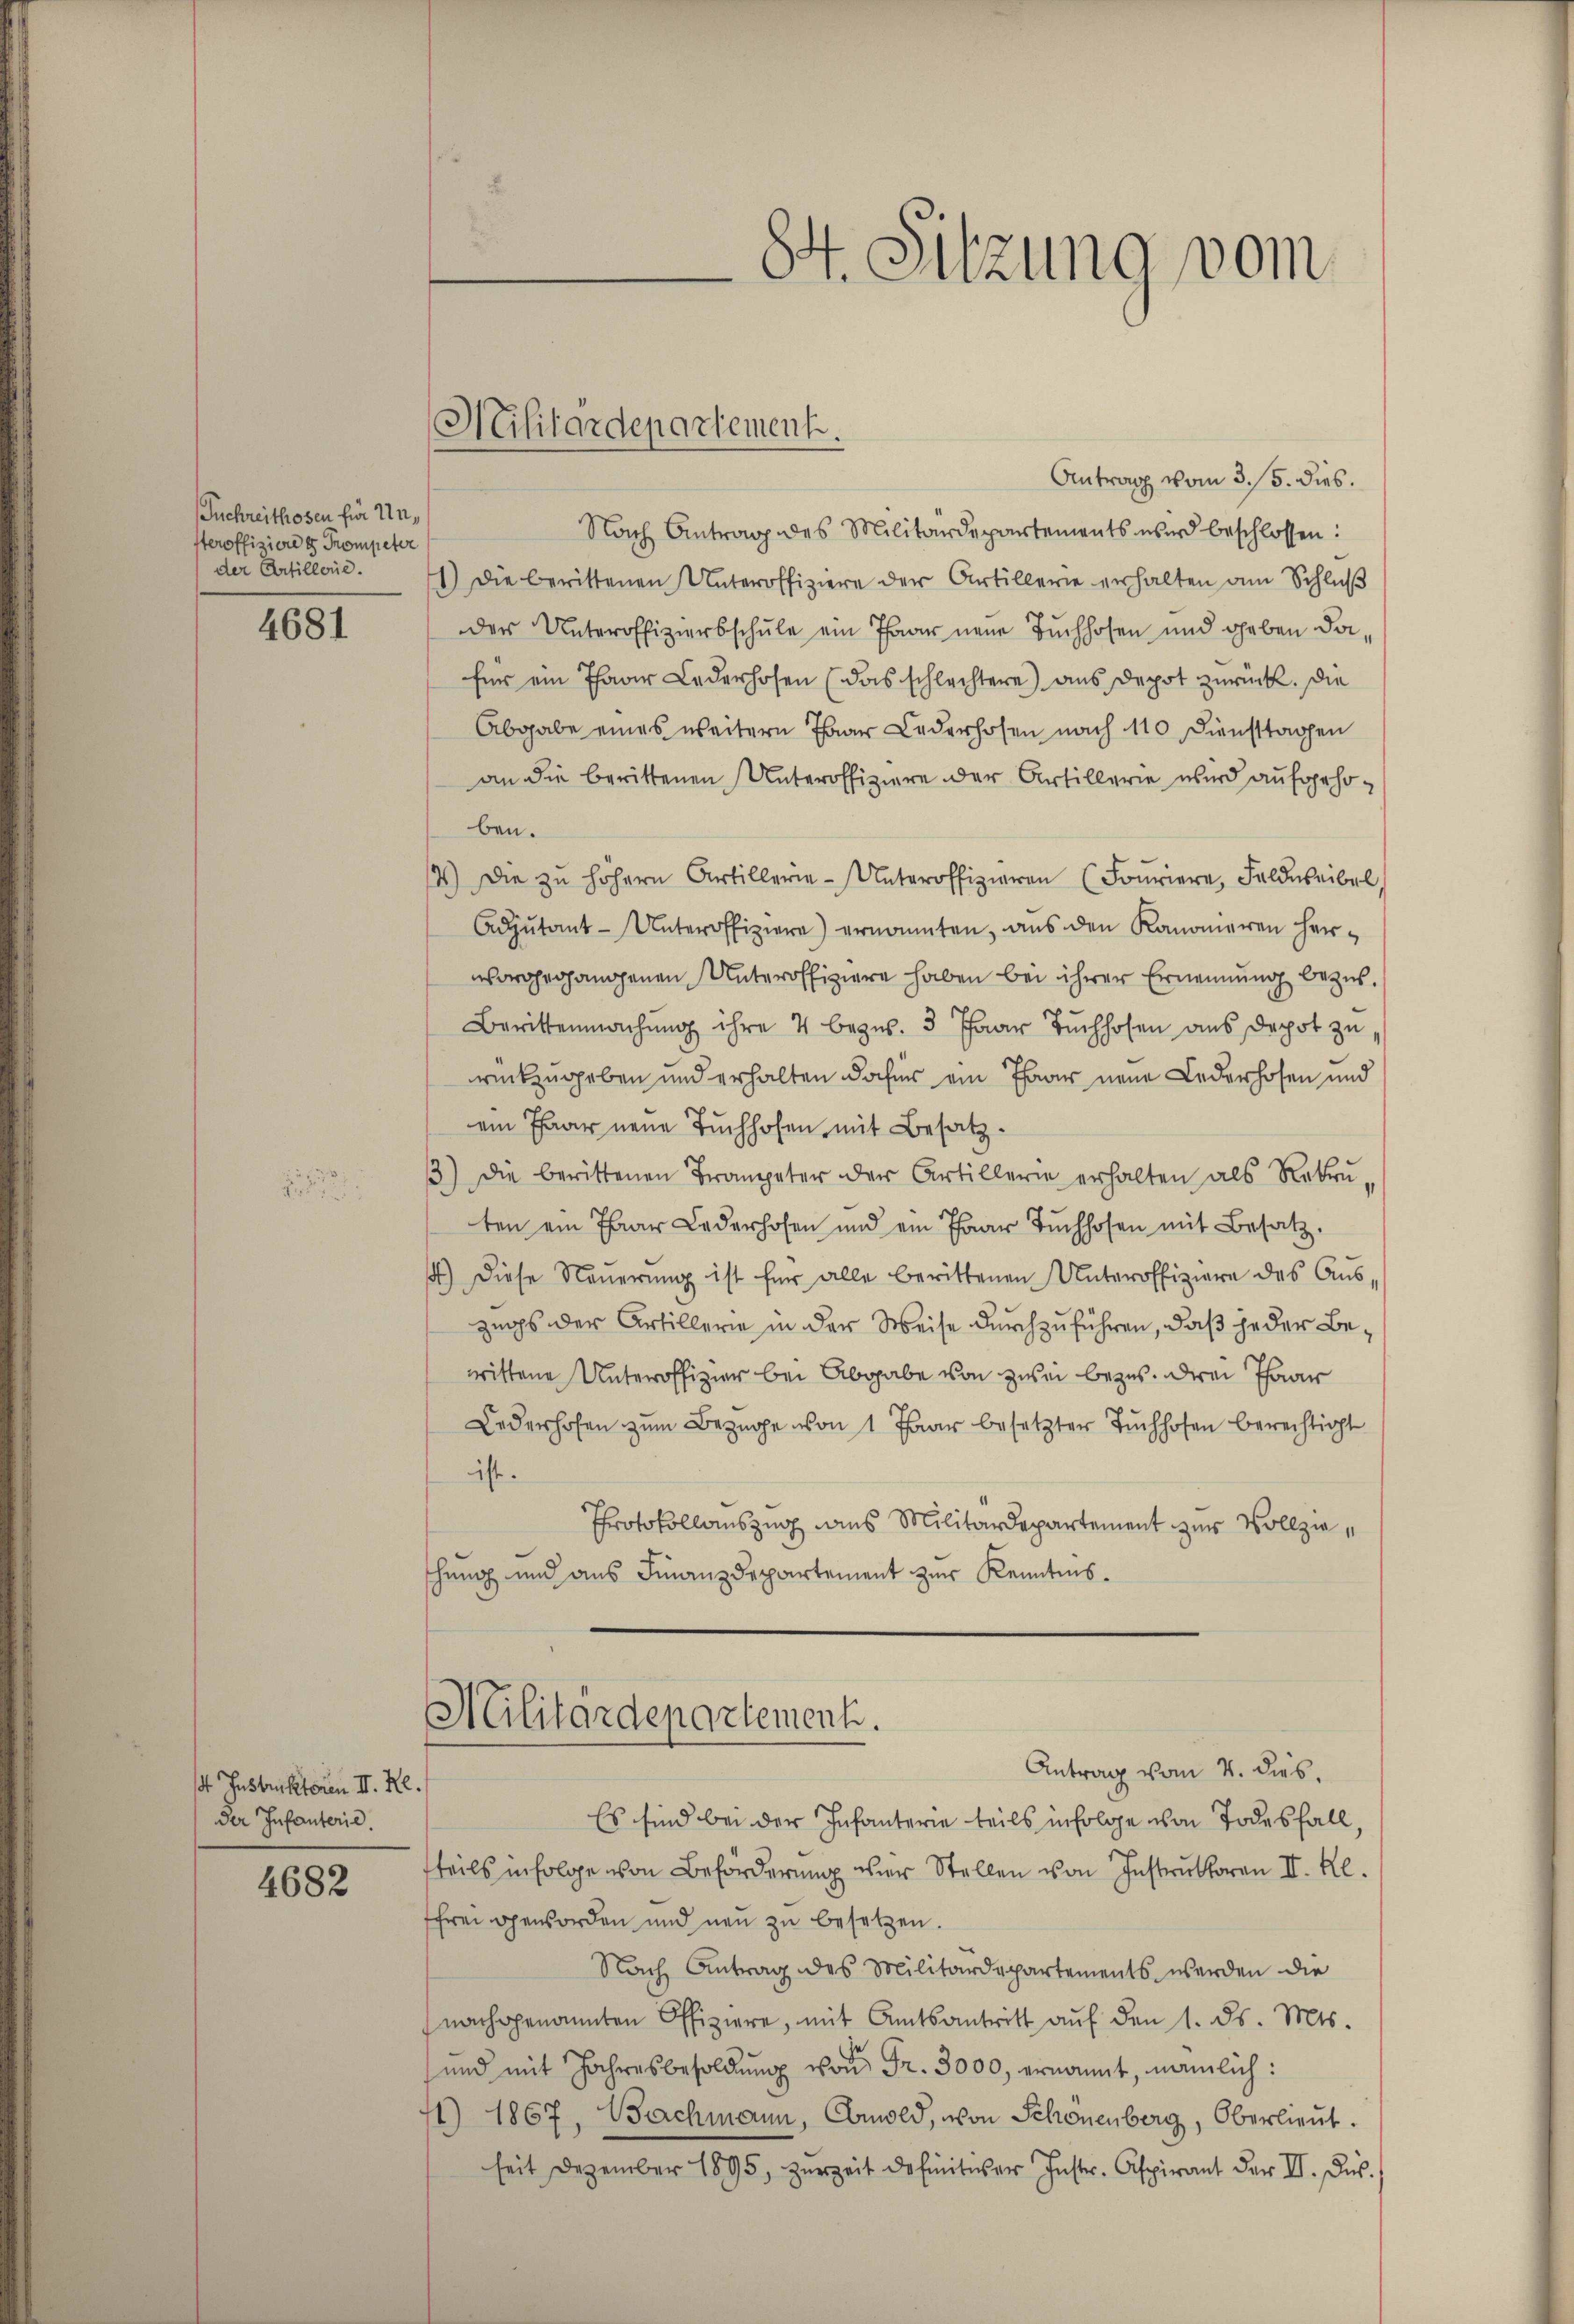
Tuchreithosen für Un
steroffiziere 4 Trompeter
der Artillerie.

4681

d

2

Instruktoren II. Re
Der Infanterie.

4682

s

Antrag vom 3. 15. dies.
Nach Antrag des Militärdepartements wird beschlossen:
1.) Die berittenen Unteroffiziere der Artillerie erhalten am Schlŭβ
der Unteroffiziersschule ein Paar neue Buchhofen und geben da
für ein Thaar Lederhofen (das schlechtere aus Depot zurück. Die
Abgabe eines weitern Paar Lederhofen nach 110 Diensttagen
an die berittenen Unteroffiziere der Artillerie wird aufgehoben.
14) Die zŭ höhern Artillerie-Unteroffizieren (Fouriere, Feldweibel
Adjutant-Unteroffiziere) ernannten, aus den Kanonieren herworgegangenen Unteroffiziere haben bei ihrer Ernennung bezus.
Berittenmachŭng ihre 4 bezw. 3 Paar Tŭchhofen ans Depot zu
rückzugeben und erhalten dafür ein Paar neue Lederhofen und
ein Paar neue Tuchhofen mit Besatz¬
3) Die berittenen Trompeter der Artillerie erhalten als Rekru
ten ein Paar Lederhofen und ein Paar Bŭchhofen mit Besatz.
4.) Diese Neŭerŭng ist für alle berittenen Unteroffiziere des Auszugs der Artillerie in der Weise durchzuführen, daß jeder Bewittene Unteroffizier bei Abgabe von zwei bezus. drei Paar
Lederhofen zŭm Bezüge von 1 Paar besetzter Bŭchhofen berechtigt
ist.
Protokollauszug aus Militärdepartement zur Vollziethung und aus Finanzdepartement zur Kenntnis¬

Militärdepartement.

Militärdepartement.
Antrag vom 4. dies.

84. Sitzung vom

Es sind bei der Infanterie teils infolge von Todesfall,
teils infolge von Beförderung der Stellen von Instruktoren II. Kl.
frei geworden und neŭ zŭ besetzen.
Nach Antrag des Militärdepartements werden die
nachgenannten Offiziere, mit Amtsantritt auf den 1. ds. Mts.
und mit Jahresbesoldŭng von Fr. 3000, ernannt, nämlich:
) 1867, Bachmann, Ebmold, von Schönenberg, Oberlieut.
seit Dezember 1895, zŭr Zeit definitiver Instr. Aspirant der III. Dur